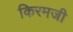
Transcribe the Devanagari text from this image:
किरमजी